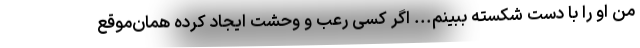
من او را با دست شکسته ببینم... اگر کسی رعب و وحشت ایجاد کرده همان‌موقع